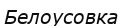
Белоусовка